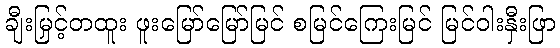
ချီးမြှင့်တထူး ဖူးမြော်မြော်မြင် စမြင်ကြေးမြင် မြင်ဝါးနှီးဖြာ